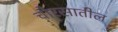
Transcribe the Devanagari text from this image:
चौरसातील